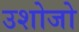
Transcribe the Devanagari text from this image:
उशोजो